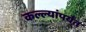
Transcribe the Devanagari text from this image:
कल्ल्यांपर्यंत